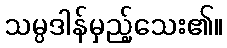
သမ္ပဒါန်မှည့်သေး၏။